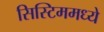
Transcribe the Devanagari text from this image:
सिस्टिममध्ये